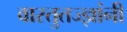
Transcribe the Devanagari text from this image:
वास्तुतज्ज्ञांनी